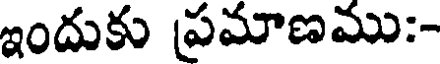
ఇందుకు ప్రమాణము:-